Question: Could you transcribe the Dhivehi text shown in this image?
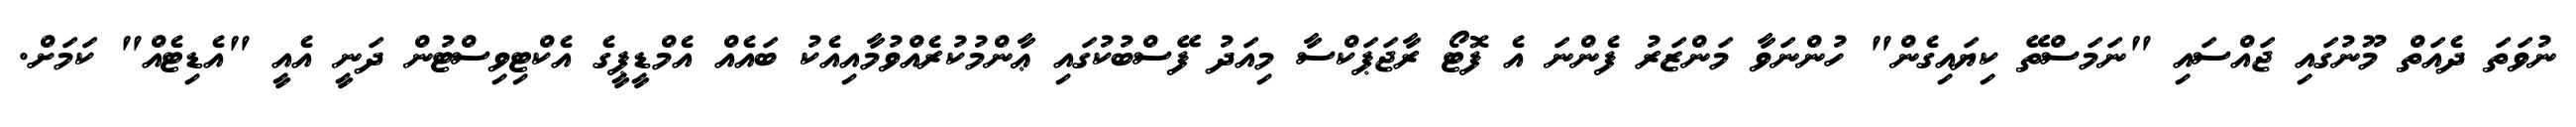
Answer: ނުވަތަ ދެއަތް މޫނުގައި ޖައްސައި "ނަމަސްތޭ ކިޔައިގެން" ހުންނަވާ މަންޒަރު ފެންނަ އެ ފޮޓޯ ރާޖަޕަކްސާ މިއަދު ފޭސްބުކުގައި ޢާންމުކުރެއްވުމާއިއެކު ބައެއް އެމްޑީޕީގެ އެކްޓިވިސްޓުން ދަނީ އެއީ "އެޑިޓެއް" ކަމަށް.